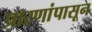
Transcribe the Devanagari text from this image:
प्रारणांपासून